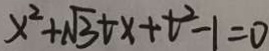
x ^ { 2 } + \sqrt { 3 } + x + t ^ { 2 } - 1 = 0